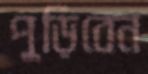
পুড়িবেন